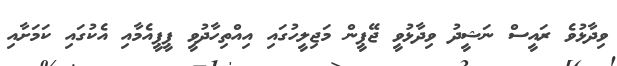
ވިދާޅުވެ ރައީސް ނަޝީދު ވިދާޅުވީ ޖޭޕީން މަޖިލީހުގައި އިއްތިހާދުވީ ޕީޕީއެމާއި އެކުގައި ކަމަށާއި